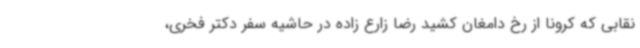
نقابی که کرونا از رخ دامغان کشید رضا زارع زاده در حاشیه سفر دکتر فخری،